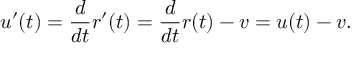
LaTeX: u ^ { \prime } ( t ) = { \frac { d } { d t } } r ^ { \prime } ( t ) = { \frac { d } { d t } } r ( t ) - v = u ( t ) - v .